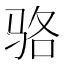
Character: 骆